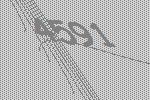
4591